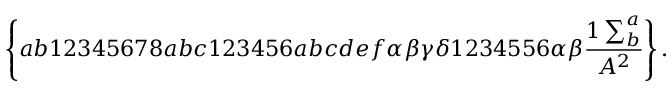
\left\{ a b 1 2 3 4 5 6 7 8 a b c 1 2 3 4 5 6 a b c d e f \alpha \beta \gamma \delta 1 2 3 4 5 5 6 \alpha \beta \frac { 1 \sum _ { b } ^ { a } } { A ^ { 2 } } \right\} .